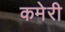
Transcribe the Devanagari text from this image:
कमेरी